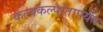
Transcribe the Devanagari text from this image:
कल्पकल्पांतापर्यंत